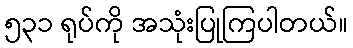
၅၃၁ ရုပ်ကို အသုံးပြုကြပါတယ်။